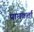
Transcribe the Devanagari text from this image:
प्राप्तकर्त्ता